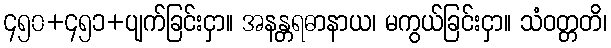
၄၅၀+၄၅၁+ပျက်ခြင်းငှာ။ အနန္တရဓာနာယ၊ မကွယ်ခြင်းငှာ။ သံဝတ္တတိ၊